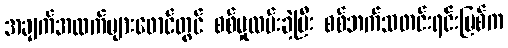
အချက်အလက်များဖောင်တွင် စစ်မှုထမ်းခဲ့ပြီး စစ်ဘက်သတင်းရင်းမြစ်က